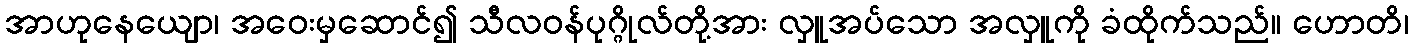
အာဟုနေယျော၊ အဝေးမှဆောင်၍ သီလဝန်ပုဂ္ဂိုလ်တို့အား လှူအပ်သော အလှူကို ခံထိုက်သည်။ ဟောတိ၊